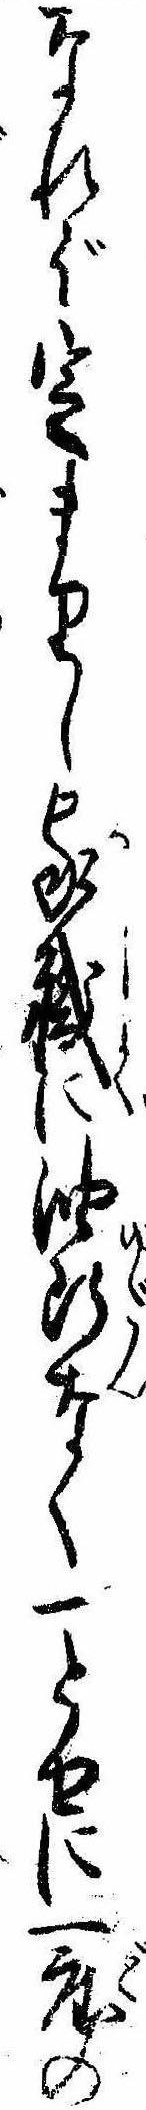
なれば定まりし家職に油断なく一とせに一度の